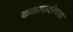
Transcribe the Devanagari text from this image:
कळलावीच्या